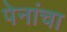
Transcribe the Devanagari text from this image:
पेनांचा